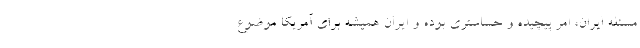
مسئله ایران، امر پیچیده و حساستری بوده و ایران همیشه برای آمریکا موضوع